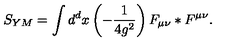
S _ { Y M } = \int d ^ { d } x \left( - \frac { 1 } { 4 g ^ { 2 } } \right) F _ { \mu \nu } * F ^ { \mu \nu } .